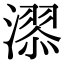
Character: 𣽓